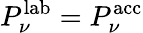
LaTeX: P_{\nu}^{\mathrm{lab}}=P_{\nu}^{\mathrm{acc}}